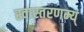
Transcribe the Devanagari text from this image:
स्वास्तरणम्य्